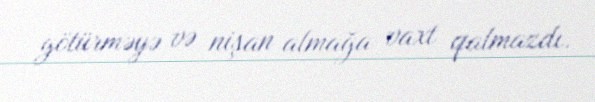
götürməyə və nişan almağa vaxt qalmazdı.